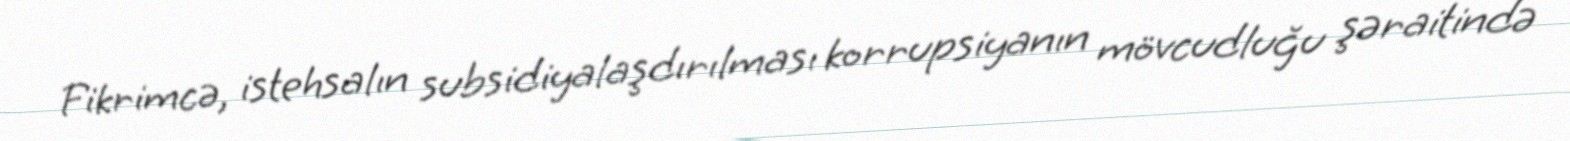
Fikrimcə, istehsalın subsidiyalaşdırılması korrupsiyanın mövcudluğu şəraitində